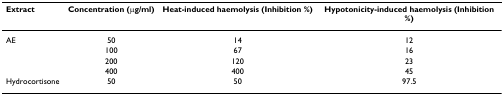
<table><thead><tr><td><b>Extract</b></td><td><b>Concentration (μg/ml)</b></td><td><b>Heat-induced haemolysis (Inhibition %)</b></td><td><b>Hypotonicity-induced haemolysis (Inhibition %)</b></td></tr></thead><tbody><tr><td>AE</td><td>50</td><td>14</td><td>12</td></tr><tr><td></td><td>100</td><td>67</td><td>16</td></tr><tr><td></td><td>200</td><td>120</td><td>23</td></tr><tr><td></td><td>400</td><td>400</td><td>45</td></tr><tr><td>Hydrocortisone</td><td>50</td><td>50</td><td>97.5</td></tr></tbody></table>